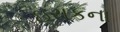
ઇરાકના